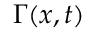
\Gamma ( { \boldsymbol { x } } , t )